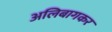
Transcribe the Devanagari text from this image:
अलिबागकर